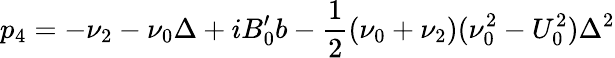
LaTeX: p_{4}=-\nu_{2}-\nu_{0}\Delta+iB_{0}^{\prime}b-\frac{1}{2}(\nu_{0}+\nu_{2})(\nu_{0}^{2}-U_{0}^{2})\Delta^{2}